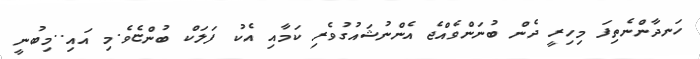
ހަނދާންނެތިފަ މިހިރީ ދެން ބުނަންވެއްޖެ އެންނުޝައުގުވެރި ކަމާއި އެކު ފަލަކް ބުންޏެވެ.މި އައި..މިބުނީ